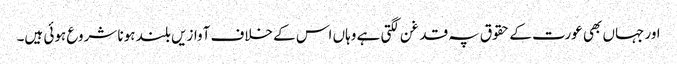
اور جہاں بھی عورت کے حقوق پہ قدغن لگتی ہے وہاں اس کے خلاف آوازیں بلند ہونا شروع ہوئی ہیں۔